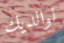
لوالديك